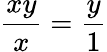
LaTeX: \frac{xy}{x}=\frac{y}{1}